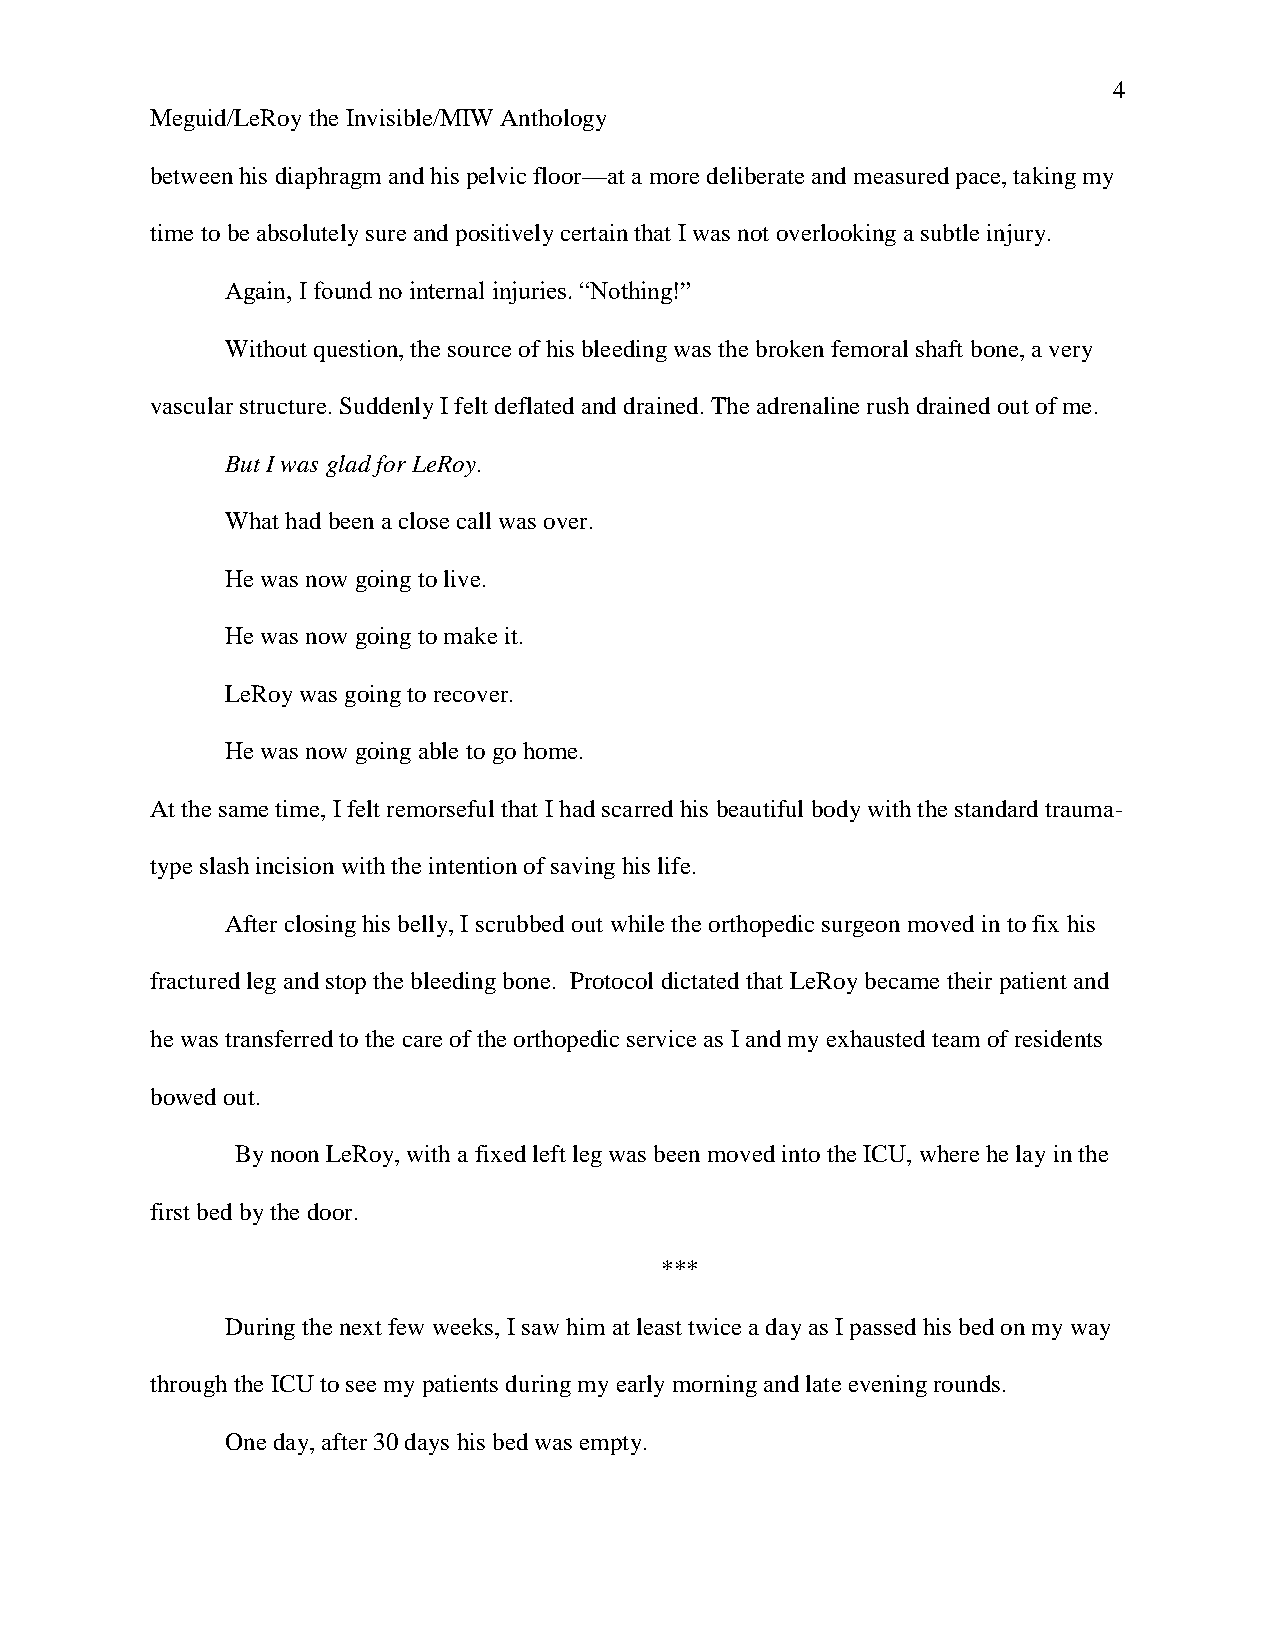
4
 Meguid/LeRoy the Invisible/MIW Anthology
 between his diaphragm and his pelvic floor—at a more deliberate and measured pace, taking my
 time to be absolutely sure and positively certain that I was not overlooking a subtle injury.
 Again, I found no internal injuries. “Nothing!”
 Without question, the source of his bleeding was the broken femoral shaft bone, a very
 vascular structure. Suddenly I felt deflated and drained. The adrenaline rush drained out of me.
 But I was glad for LeRoy.
 What had been a close call was over.
 He was now going to live.
 He was now going to make it.
 LeRoy was going to recover.
 He was now going able to go home.
 At the same time, I felt remorseful that I had scarred his beautiful body with the standard trauma-
 type slash incision with the intention of saving his life.
 After closing his belly, I scrubbed out while the orthopedic surgeon moved in to fix his
 fractured leg and stop the bleeding bone. Protocol dictated that LeRoy became their patient and
 he was transferred to the care of the orthopedic service as I and my exhausted team of residents
 bowed out.
 By noon LeRoy, with a fixed left leg was been moved into the ICU, where he lay in the
 first bed by the door.
 ***
 During the next few weeks, I saw him at least twice a day as I passed his bed on my way
 through the ICU to see my patients during my early morning and late evening rounds.
 One day, after 30 days his bed was empty.